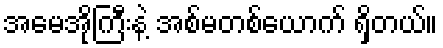
အမေအိုကြီးနဲ့ အစ်မတစ်ယောက် ရှိတယ်။